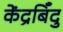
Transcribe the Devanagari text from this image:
केंद्रबिँदु